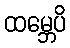
ထမ္ဘေပိ